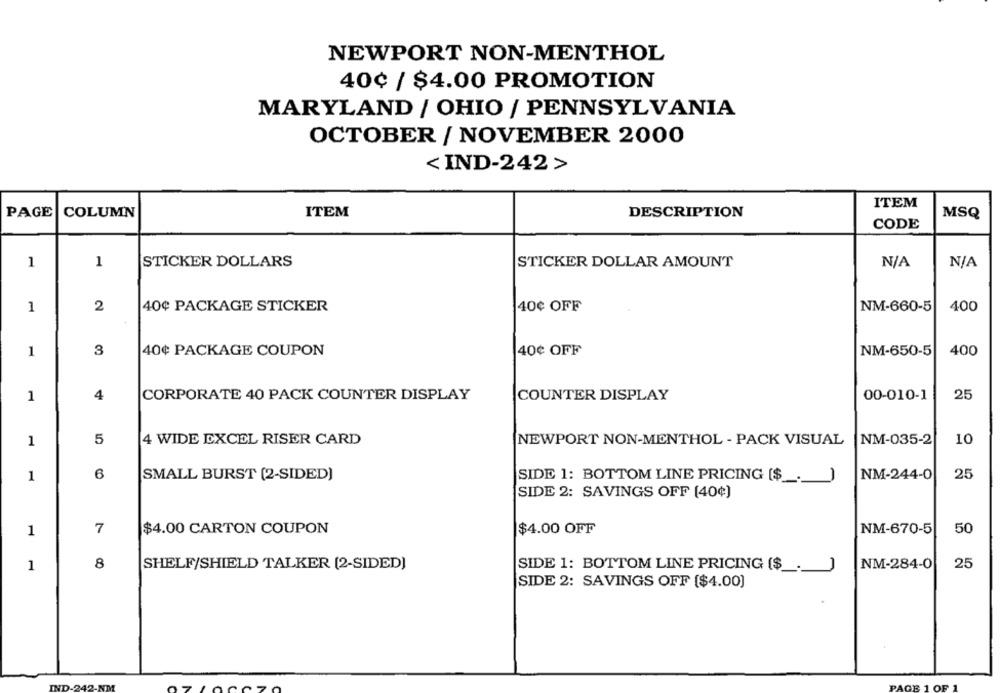
NEWPORT NON-MENTHOL
40¢ / $4.00 PROMOTION
MARYLAND / OHIO / PENNSYLVANIA
OCTOBER / NOVEMBER 2000
< IND-242>
ITEM
PAGE
COLUMN
ITEM
DESCRIPTION
MSQ
CODE
1
1
STICKER DOLLARS
STICKER DOLLAR AMOUNT
1
2
40¢ PACKAGE STICKER
40¢ OFF
NM-660-5
400
1
3
40¢ PACKAGE COUPON
40¢ OFF
NM-650-5
400
4
25
1
CORPORATE 40 PACK COUNTER DISPLAY
COUNTER DISPLAY
00-010-1
1
5
4 WIDE EXCEL RISER CARD
NEWPORT NON-MENTHOL - PACK VISUAL
NM-035-2
10
1
6
SMALL BURST (2-SIDED)
NM-244-0
25
SIDE 1: BOTTOM LINE PRICING ($.)
SIDE 2: SAVINGS OFF [40¢)
1
7
$4.00 CARTON COUPON
$4.00 OFF
NM-670-5
50
1
8
SHELF/SHIELD TALKER [2-SIDED)
SIDE 1: BOTTOM LINE PRICING ($ _._
NM-284-0
25
SIDE 2: SAVINGS OFF [$4.00)
LOF
IND-242-NM